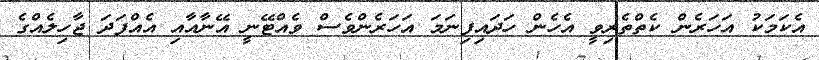
އެކަމަކު އަހަރެން ކެތްތެރިވީ އެހެން ހަދައިފިނަމަ އަހަރެންވެސް ވެއްޓޭނީ އޭނާއާއި އެއްފަދަ ޖާހިލެއްގެ